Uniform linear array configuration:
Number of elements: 24
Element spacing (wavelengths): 1
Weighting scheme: hann
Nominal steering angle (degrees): -45
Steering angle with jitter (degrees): -43.042
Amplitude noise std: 0.05
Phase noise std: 0.05

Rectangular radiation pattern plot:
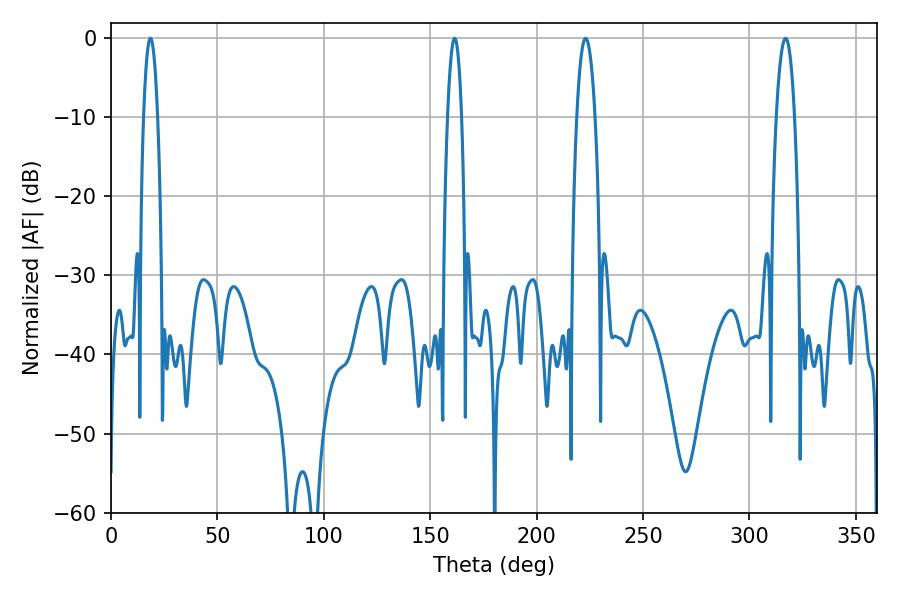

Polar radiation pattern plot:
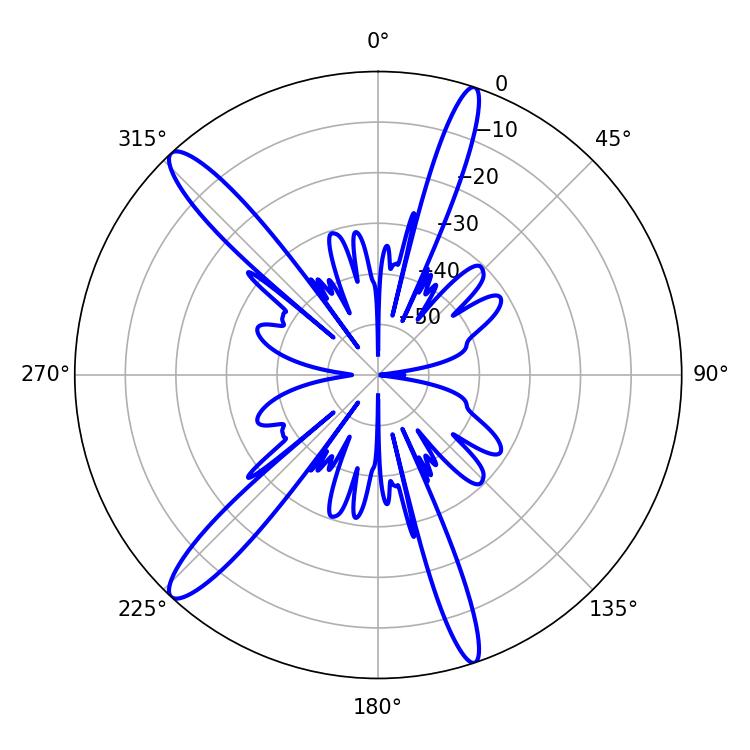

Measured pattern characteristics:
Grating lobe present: TRUE
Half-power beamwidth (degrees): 4.68
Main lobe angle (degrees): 223.02